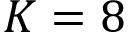
K = 8